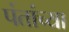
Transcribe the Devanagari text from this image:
पंतांच्या